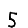
Digit: 5